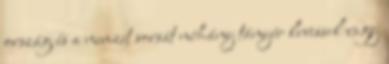
ország és a nemzet sorsát néhány tányér levessel vagy